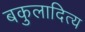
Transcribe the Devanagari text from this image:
बकुलादित्य